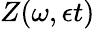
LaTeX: Z(\omega,\epsilon t)